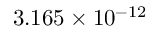
3 . 1 6 5 \times 1 0 ^ { - 1 2 }